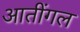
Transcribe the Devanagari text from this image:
आतींगल